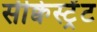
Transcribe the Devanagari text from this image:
सीक्वेस्ट्रेंट